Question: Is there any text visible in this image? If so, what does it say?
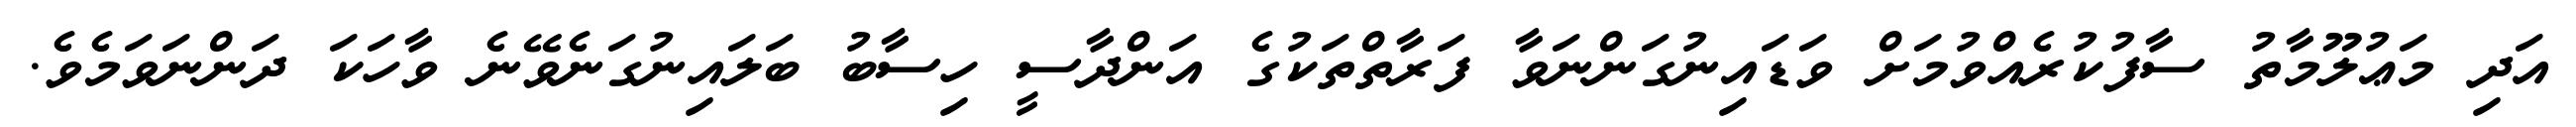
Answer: އަދި މަޢުލޫމާތު ސާފުކުރެއްވުމަށް ވަޑައިނުގަންނަވާ ފަރާތްތަކުގެ އަންދާސީ ހިސާބު ބަލައިނުގަނެވޭނެ ވާހަކަ ދަންނަވަމެވެ.